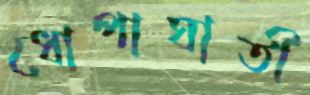
ধোপাঘাতী